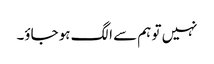
نہیں تو ہم سے الگ ہو جاؤ۔